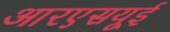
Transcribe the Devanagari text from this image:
आरएसयूई